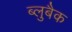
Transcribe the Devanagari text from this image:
ब्लुबैक